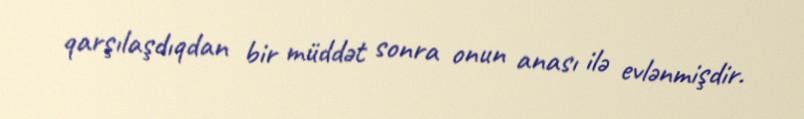
qarşılaşdıqdan bir müddət sonra onun anası ilə evlənmişdir.